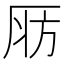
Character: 𣃞